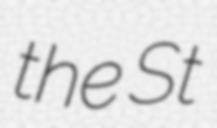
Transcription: the St